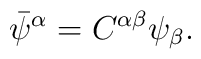
\bar{\psi}^{\alpha }=C^{\alpha \beta }\psi _{\beta }.